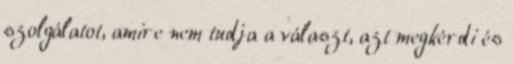
szolgálatot, amire nem tudja a választ, azt megkérdi és